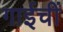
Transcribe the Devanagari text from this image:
गाईचीं